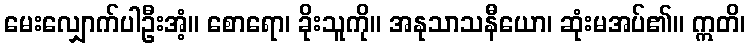
မေးလျှောက်ပါဦးအံ့။ စောရော၊ ခိုးသူကို။ အနုသာသနီယော၊ ဆုံးမအပ်၏။ ဣတိ၊